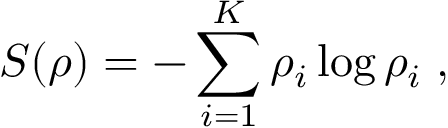
S ( \boldsymbol { \rho } ) = - \sum _ { i = 1 } ^ { K } \rho _ { i } \log \rho _ { i } \; ,